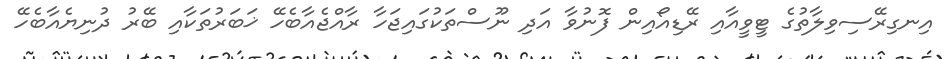
އިނގިރޭސިވިލާތުގެ ޓީވީއާއި ރޭޑިއޯއިން ފޮނުވާ އަދި ނޫސްތަކުގައިޖަހާ ރާއްޖެއާބެހޭ ޚަބަރުތަކާއި ބޭރު ދުނިޔެއާބެހޭ